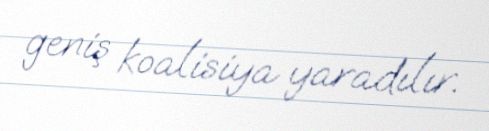
geniş koalisiya yaradılır.